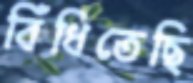
বিঁধিতেছি